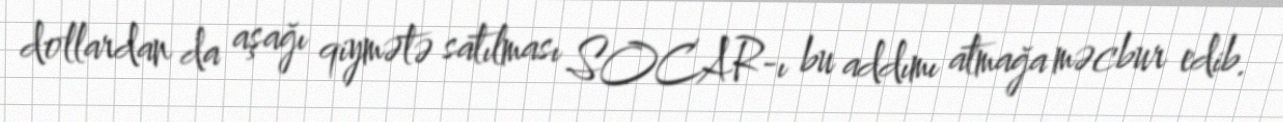
dollardan da aşağı qiymətə satılması SOCAR-ı bu addımı atmağa məcbur edib.